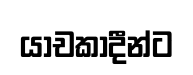
යාචකාදීන්ට